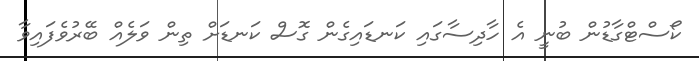
ކޯސްޓްގާޑުން ބުނީ އެ ހާދިސާގައި ކަނޑައިގެން ގޮސް ކަނޑަށް ތިން ވަލެއް ބޭރުވެފައިވާ